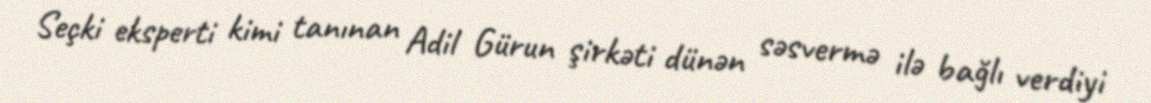
Seçki eksperti kimi tanınan Adil Gürun şirkəti dünən səsvermə ilə bağlı verdiyi